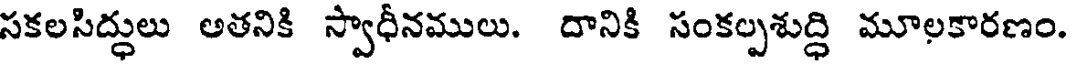
సకలసిద్ధులు అతనికి స్వాధీనములు. దానికి సంకల్పశుద్ధి మూలకారణం.